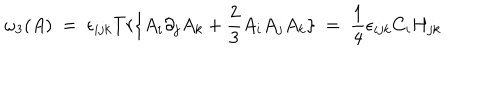
LaTeX: \omega _ { 3 } ( A ) \ = \ \epsilon _ { i j k } T r \{ A _ { i } \partial _ { j } A _ { k } + \frac { 2 } { 3 } A _ { i } A _ { j } A _ { k } \} \ = \ \frac { 1 } { 4 } \epsilon _ { i j k } C _ { i } H _ { j k }